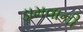
ડામવાની